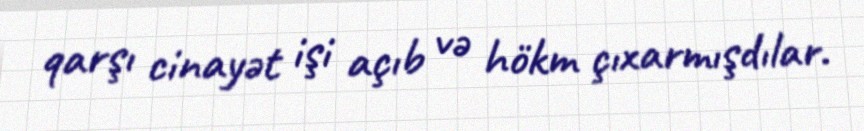
qarşı cinayət işi açıb və hökm çıxarmışdılar.